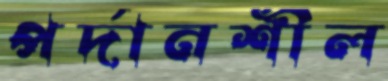
পর্দানশীল